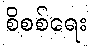
စိစစ်ရေး